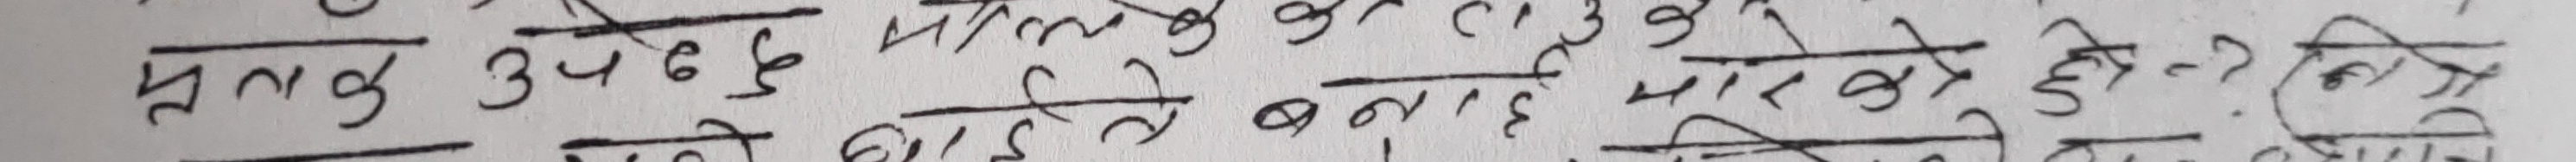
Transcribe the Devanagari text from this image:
मतलुक उपेक्षा हुनुपर्छ मनुष्यको १३० के न रहे मारको दी है? किन्